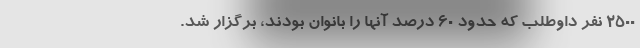
2500 نفر داوطلب که حدود 60 درصد آنها را بانوان بودند، برگزار شد.